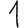
Digit: 1